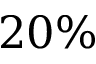
2 0 \%